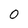
Character: 0